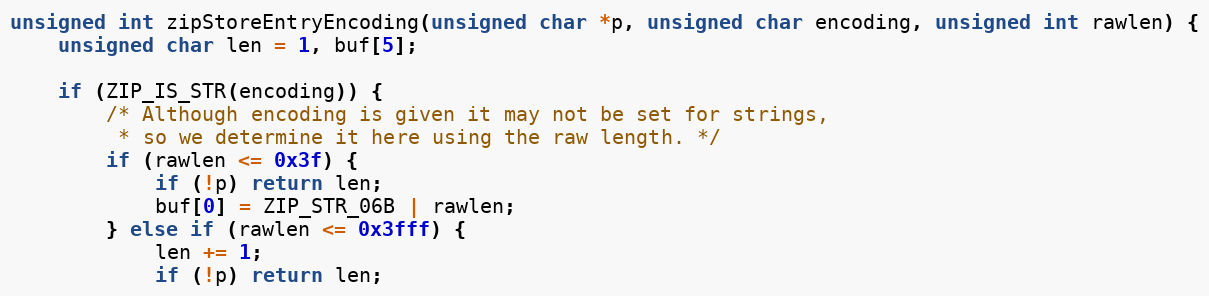
Language: C
unsigned int zipStoreEntryEncoding(unsigned char *p, unsigned char encoding, unsigned int rawlen) {
    unsigned char len = 1, buf[5];

    if (ZIP_IS_STR(encoding)) {
        /* Although encoding is given it may not be set for strings,
         * so we determine it here using the raw length. */
        if (rawlen <= 0x3f) {
            if (!p) return len;
            buf[0] = ZIP_STR_06B | rawlen;
        } else if (rawlen <= 0x3fff) {
            len += 1;
            if (!p) return len;